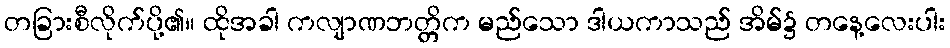
တခြားစီလိုက်ပို့၏။ ထိုအခါ ကလျာဏဘတ္တိက မည်သော ဒါယကာသည် အိမ်၌ တနေ့လေးပါး